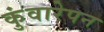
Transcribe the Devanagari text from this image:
कुंवारेपन